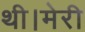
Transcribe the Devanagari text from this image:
थी।मेरी